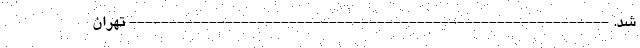
شد. ------------------------------------------------------------ تهران